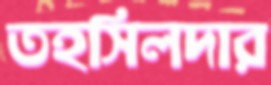
তহসিলদার